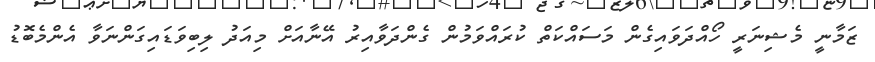
ޒަމާނީ މެޝިނަރީ ހޯއްދަވައިގެން މަސައްކަތް ކުރައްވަމުން ގެންދަވާއިރު އޭނާއަށް މިއަދު ލިބިވަޑައިގަންނަވާ އެންމެބޮޑު